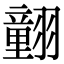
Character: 𦒍